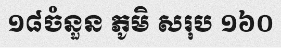
១៨ចំនួន ភូមិ សរុប ១៦០